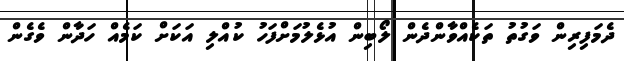
ދެމަފިރިން ވަގުތު ތަކެއްވާންދެން ލޯބިން އުޅެލުމަށްފަހު ކުއްލި އަކަށް ކަމެއް ހަދާން ވެގެން